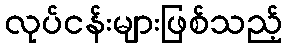
လုပ်ငန်းများဖြစ်သည့်